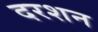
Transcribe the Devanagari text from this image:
दरशन